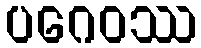
ပဂေဝဿ